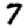
Digit: 7